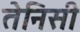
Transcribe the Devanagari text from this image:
तेनिसी